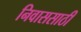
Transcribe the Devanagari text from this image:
निवाससाठी